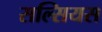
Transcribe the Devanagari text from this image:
सल्सियस